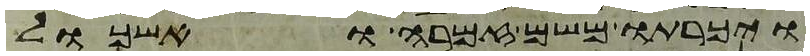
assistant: ויכרתו משם זמרה ואשכול